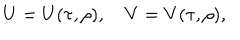
U = U ( \tau , \rho ) , \quad V = V ( \tau , \rho ) ,